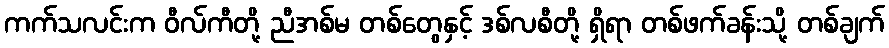
ကက်သလင်းက ဝီလ်ကီတို့ ညီအစ်မ တစ်တွေနှင့် ဒစ်လစီတို့ ရှိရာ တစ်ဖက်ခန်းသို့ တစ်ချက်